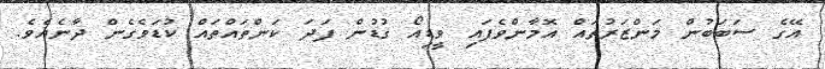
އޭގެ ސަބަބުން މަންޒަރުތައް އޮމާންވެފައި ވީޑިއޯ ގުޑުން ފަދަ ކަންތައްތައް ކުޑަވެގެން ދާނެއެވެ.